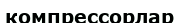
компрессорлар